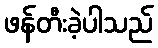
ဖန်တီးခဲ့ပါသည်